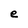
Character: e